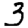
Digit: 3